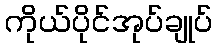
ကိုယ်ပိုင်အုပ်ချုပ်